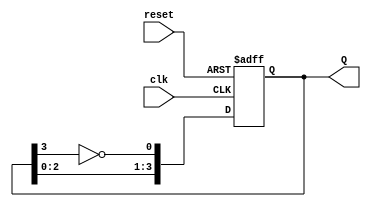
module johnson_counter (
    input wire clk,      // Clock signal
    input wire reset,    // Asynchronous reset signal
    output reg [3:0] Q   // 4-bit output representing the current state
);

// Always block for synchronous reset and state transition
always @(posedge clk or posedge reset) begin
    if (reset) begin
        Q <= 4'b0000;  // Initialize counter to 0000 on reset
    end else begin
        // Johnson counter state transition logic
        Q[0] <= ~Q[3];  // Invert the last output and feed to the first flip-flop
        Q[1] <= Q[0];   // Shift the state to the right
        Q[2] <= Q[1];   // Shift the state to the right
        Q[3] <= Q[2];   // Shift the state to the right
    end
end

endmodule